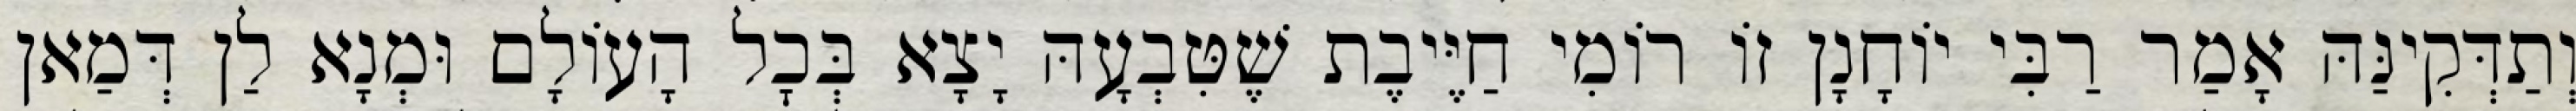
וְתַדְּקִינַּהּ אָמַר רַבִּי יוֹחָנָן זוֹ רוֹמִי חַיֶּיבֶת שֶׁטִּבְעָהּ יָצָא בְּכׇל הָעוֹלָם וּמְנָא לַן דְּמַאן